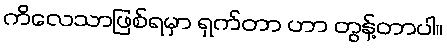
ကိလေသာဖြစ်ရမှာ ရှက်တာ ဟာ တွန့်တာပါ။